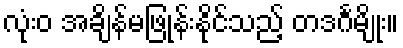
လုံးဝ အချိန်မဖြုန်းနိုင်သည့် တဒင်္ဂမျိုး။